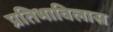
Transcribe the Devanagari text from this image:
प्रतिभाविलास